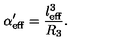
\alpha _ { \mathrm { e f f } } ^ { \prime } = \frac { l _ { \mathrm { e f f } } ^ { 3 } } { R _ { 3 } } .